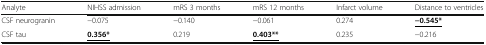
<table><thead><tr><td><b>Analyte</b></td><td><b>NIHSS admission</b></td><td><b>mRS 3 months</b></td><td><b>mRS 12 months</b></td><td><b>Infarct volume</b></td><td><b>Distance to ventricles</b></td></tr></thead><tbody><tr><td>CSF neurogranin</td><td>−0.075</td><td>−0.140</td><td>−0.061</td><td>0.274</td><td><b><underline>−0.545*</underline></b></td></tr><tr><td>CSF tau</td><td><b><underline>0.356*</underline></b></td><td>0.219</td><td><b><underline>0.403**</underline></b></td><td>0.235</td><td>−0.216</td></tr></tbody></table>